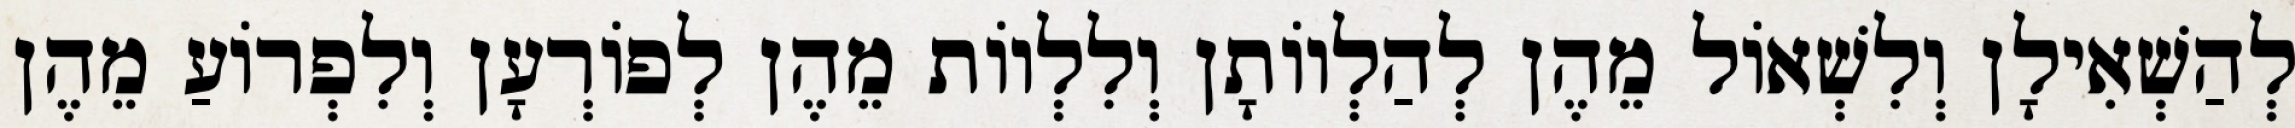
לְהַשְׁאִילָן וְלִשְׁאוֹל מֵהֶן לְהַלְווֹתָן וְלִלְווֹת מֵהֶן לְפוֹרְעָן וְלִפְרוֹעַ מֵהֶן